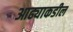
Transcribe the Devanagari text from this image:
आढ्याकडील